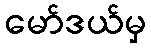
မော်ဒယ်မှ